Civil Veterinary Dept. North-West Frontier Province 1923-32 - 1923-1932
Year: 1923
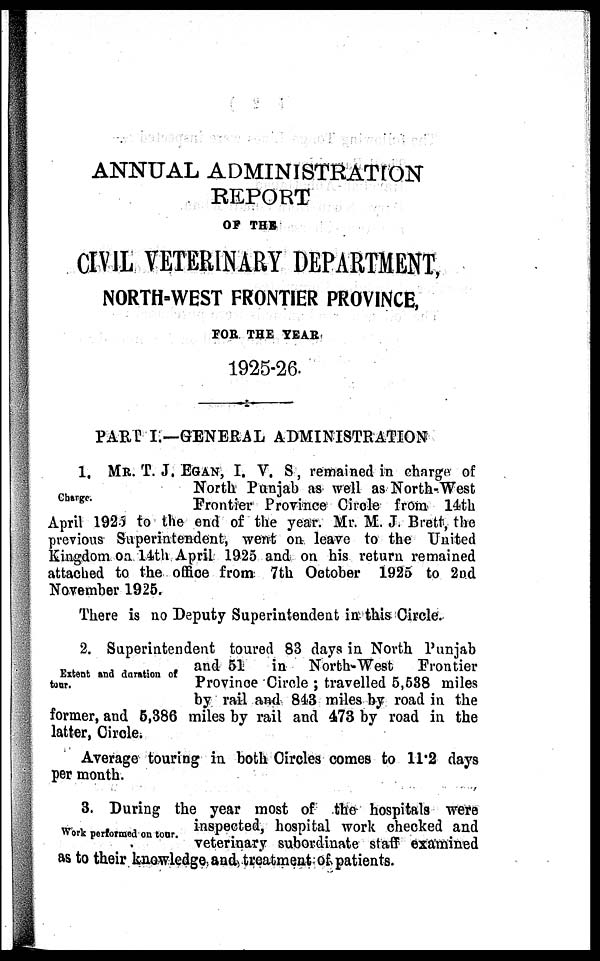
ANNUAL ADMINISTRATION
REPORT
OF THE
CIVIL VETERINARY DEPARTMENT,
NORTH-WEST FRONTIER PROVINCE,
FOR THE YEAR
1925-26.
PART I.—GENERAL ADMINISTRATION
Charge.
1, MR. T. J. EGAN, I. V. S, remained in charge of
North Punjab as well as North-West
Frontier Province Circle from 14th
April 1925 to the end of the year. Mr. M. J. Brett, the
previous Superintendent, went on leave to the United
Kingdom on 14th April 1925 and on his return remained
attached to the office from 7th October 1925 to 2nd
November 1925.
There is no Deputy Superintendent in this Circle.
Extent and duration of
tour.
2. Superintendent toured 83 days in North Punjab
and 51 in North-West
Frontier
Province Circle; travelled 5,538 miles
by rail and 843 miles by road in the
former, and 5,386 miles by rail and 473 by road in the
latter, Circle.
Average touring in both Circles comes to 11.2 days
per month.
Work performed on tour.
3. During the year most of the hospitals were
inspected, hospital work checked and
veterinary subordinate staff examined
as to their knowledge and treatment of patients.